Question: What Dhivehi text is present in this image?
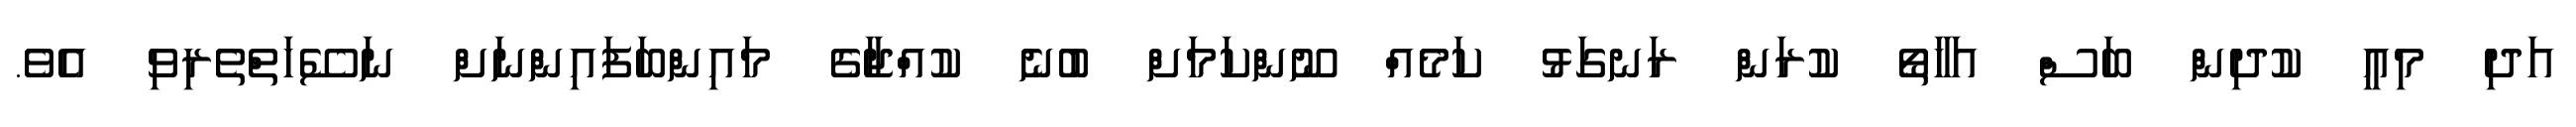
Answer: އަދި މިއީ ކުދިން ބަސް އަހާތޯ ކުރަން ރަނގަޅު ކަމެއް ނޫންކަމަށް ބުނެ ކުއްޖާގެ މައިންބަފައިންނަށް ނަސޭހަތްތެރިވި އެވެ.